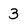
Character: 3